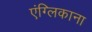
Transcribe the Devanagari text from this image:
एंग्लिकाना